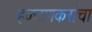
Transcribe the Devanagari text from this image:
हळदणकरांचा